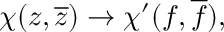
{ \chi } ( z , \overline { { { z } } } ) \rightarrow { \chi } ^ { \prime } ( f , \overline { { { f } } } ) , \quad